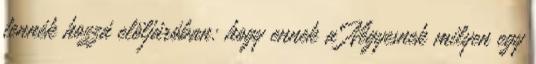
tennék hozzá elöljáróban: hogy ennek a Négyesnek milyen egy